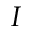
I